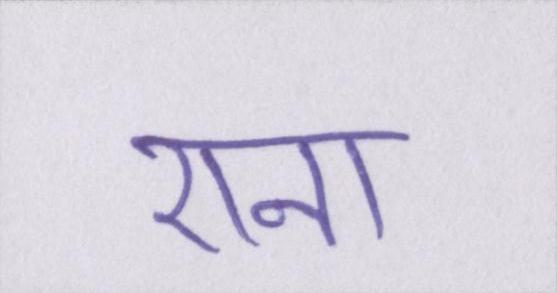
राना